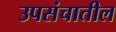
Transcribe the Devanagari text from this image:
उपसंचातील